NAE_ERA_R-1765_ENSV_Kirjanike_Liit_1945-1955, lk 7
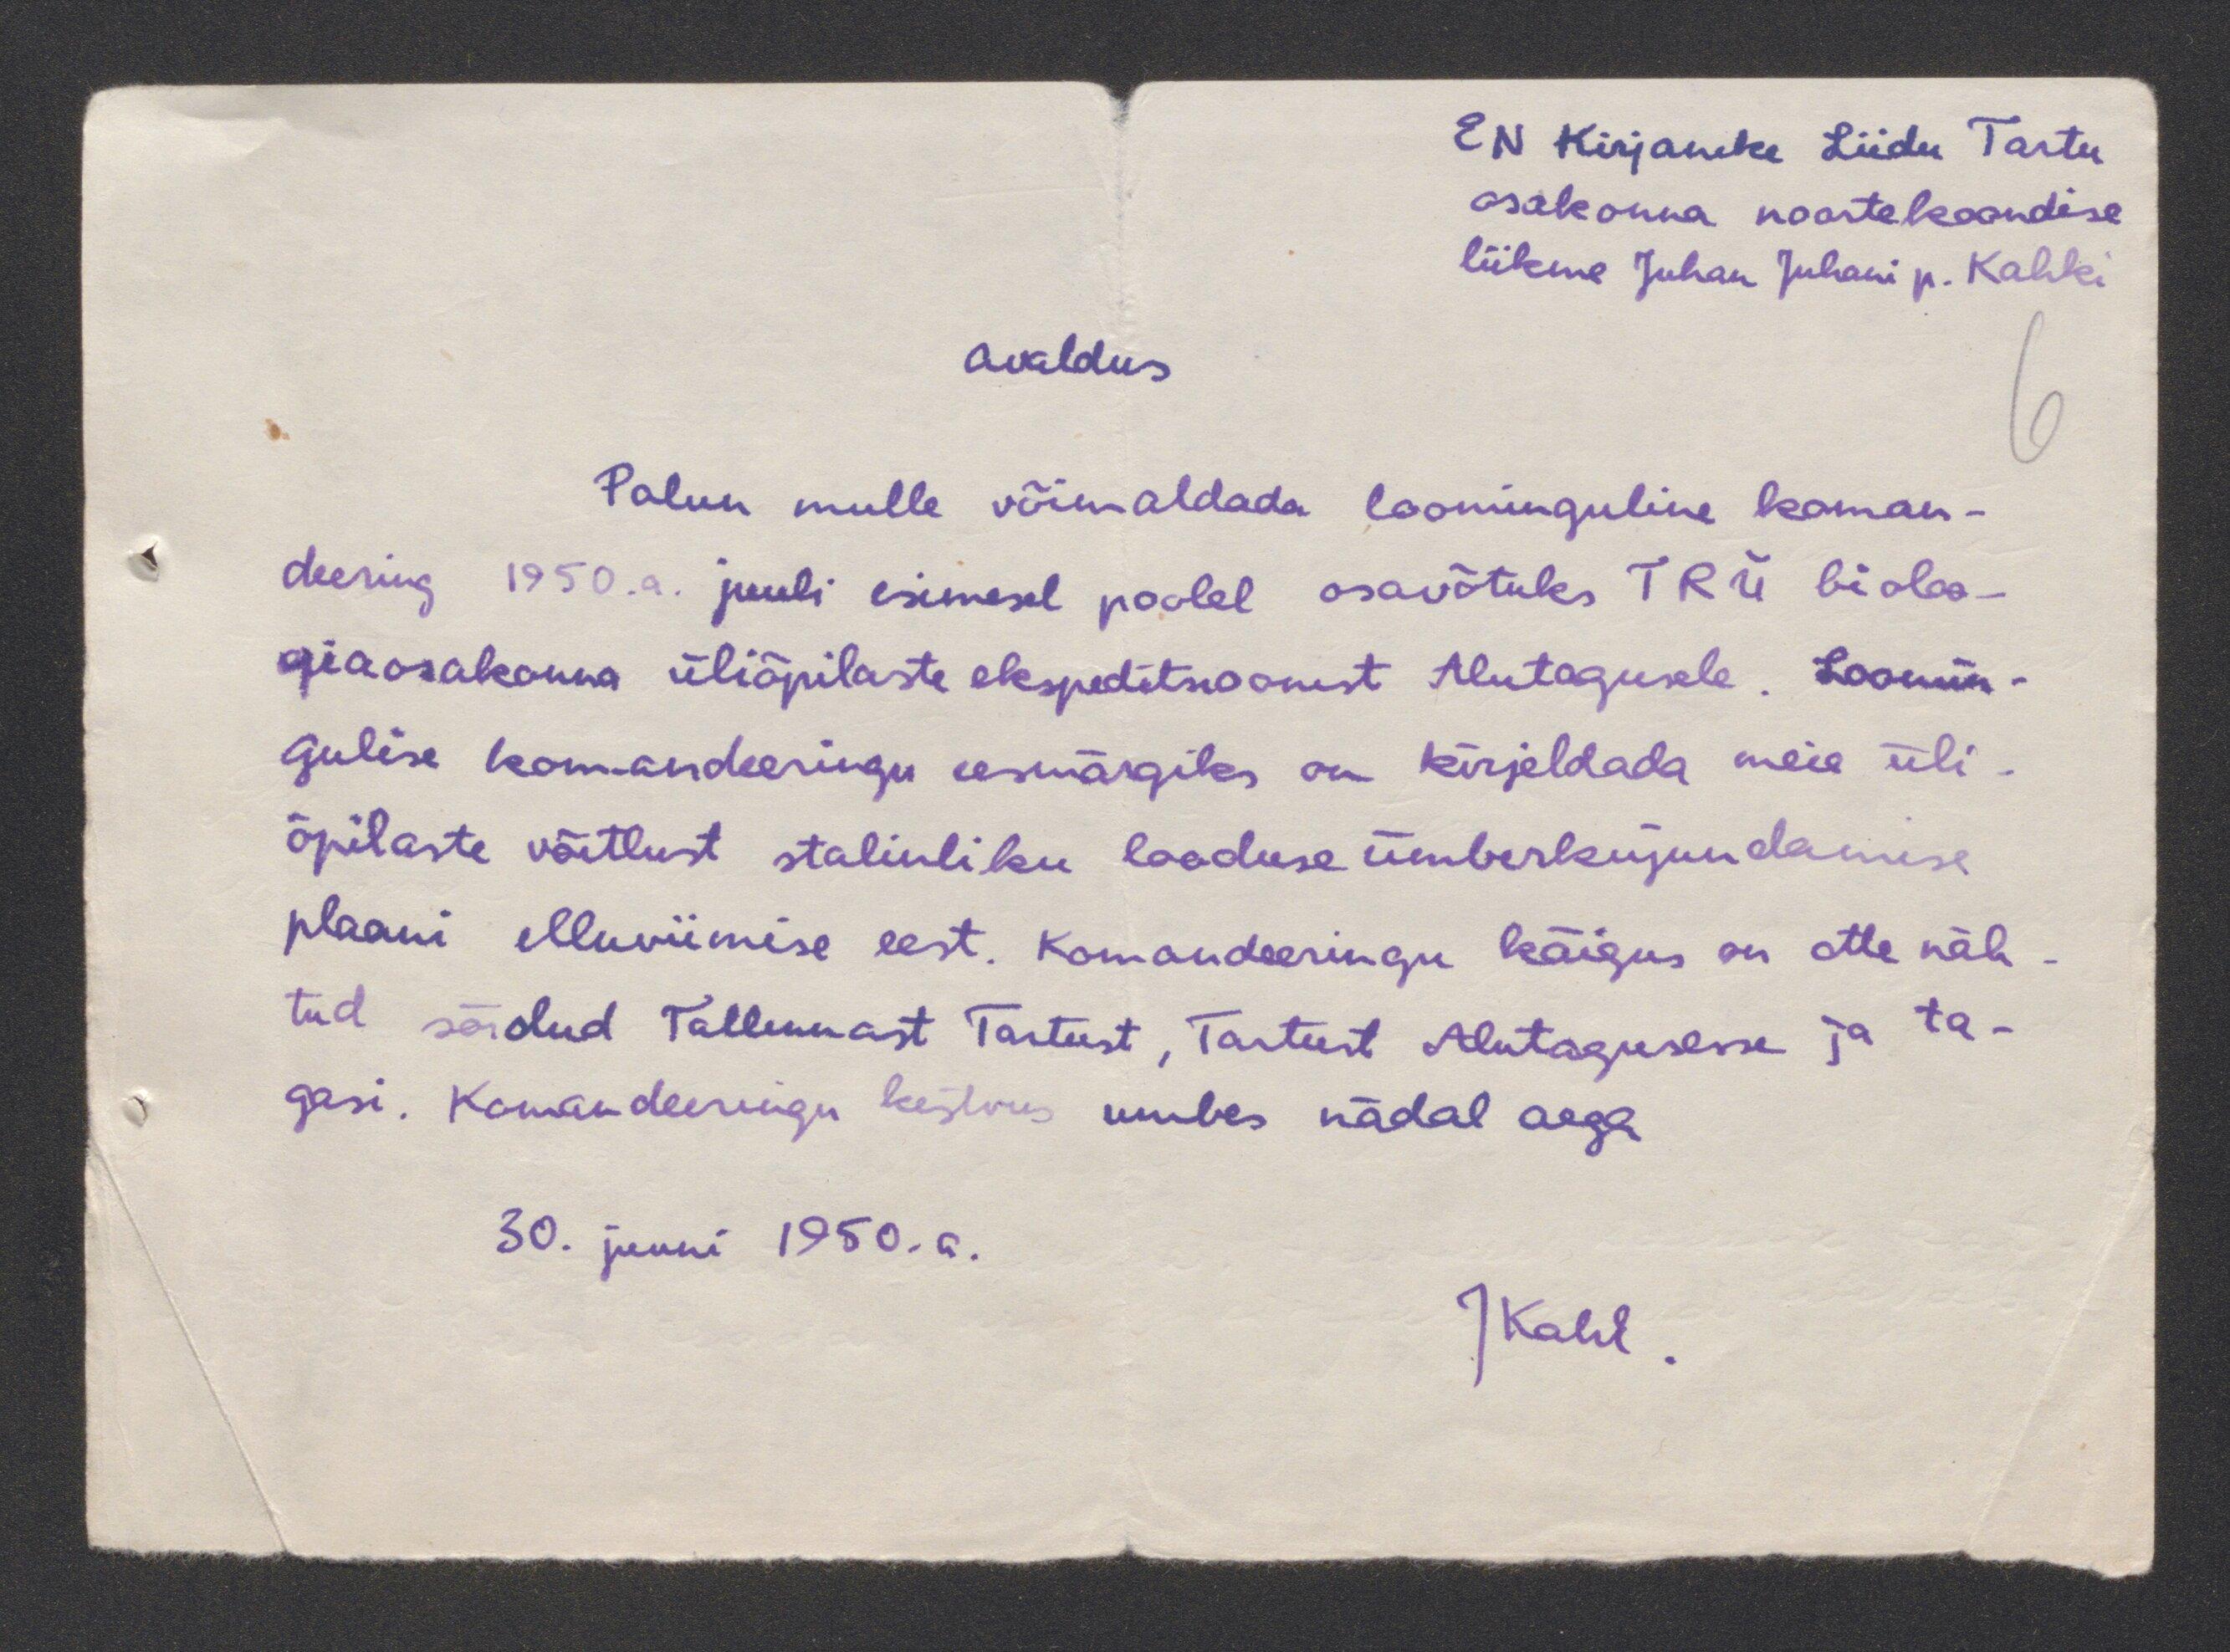
EN Kirjanike Liidu Tartu
osakonna noortekoondise
liikme Juhan Juhani p. Kahk
avaldus
Palun mulle võimaldada loominguline koman-
deering 1950.a. juuli esimesel poolel osavõtuks TRÜ bioloo-
giaosakonna üliõpilaste ekspeditsioonist Alutagusele. Loomin-
gulise komandeeringu eesmärgiks on kirjeldada meie üli-
õpilaste võitlust stalinliku looduse ümberkujundamise
plaani elluviimise eest. Komandeeringu käigus on ette näh-
tud sõidud Tallinnast Tartust, Tartust Alutagusesse ja ta-
gasi. Komandeeringu kestvus umbes nädal aega
30. juuni 1950.a.